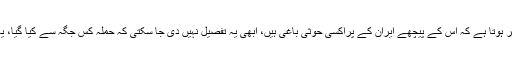
انہوں نے کہا کہ خریس میں کروز میزائل حملے سے ظاہر ہوتا ہے کہ اس کے پیچھے ایران کے پراکسی حوثی باغی ہیں، ابھی یہ تفصیل نہیں دی جا سکتی کہ حملہ کس جگہ سے کیا گیا، یہ جیسے ہی واضح ہو گا اس کے بارے میں بتایا جائے گا۔